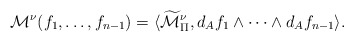
\begin{align*} \mathcal{M}^\nu(f_1,\ldots,f_{n-1})=\langle\widetilde{\mathcal{M}}_\Pi^\nu,d_{A}f_1\wedge\cdots\wedge d_{A}f_{n-1}\rangle.\end{align*}